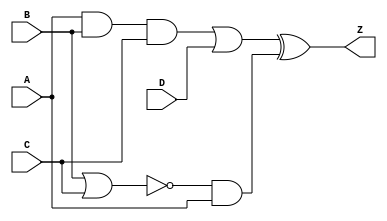
`timescale 1ns/1ps
module combinational_delay(A, B, C, D, Z);
  input wire A, B, C, D;
  output wire Z;
  wire E, F, S1, S2, S3;
  
  assign #5 S1 = A & B & C;
  assign #5 E = S1 | D;
  assign #5 S2 = B ~| C;
  assign #5 F = S2 ~& A;
  assign #2 S3 = ~F;
  assign #5 Z = E ^ S3;
endmodule